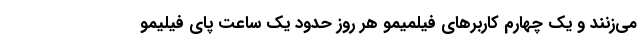
می‌زنند و یک چهارم کاربرهای فیلمیمو هر روز حدود یک ساعت پای فیلیمو